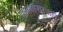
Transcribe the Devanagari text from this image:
सानमोखांआरि